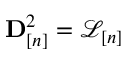
{ \bf D } _ { [ n ] } ^ { 2 } = \mathcal { L } _ { [ n ] }